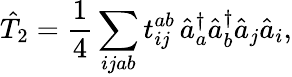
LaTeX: \hat{T}_{2}=\frac{1}{4}\sum_{ijab}t_{ij}^{ab}\, \hat{a}_{a}^{\dagger}\hat{a}_{b}^{\dagger}\hat{a}_{j}\hat{a}_{i},